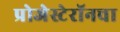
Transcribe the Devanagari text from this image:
प्रोजेस्टेरॉनचा